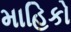
માહિકો